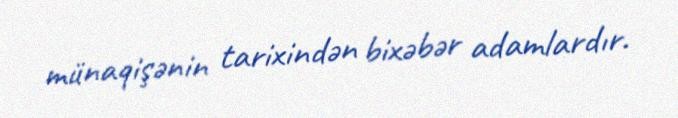
münaqişənin tarixindən bixəbər adamlardır.